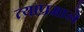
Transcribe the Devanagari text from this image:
त्याप्रमाने